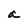
Character: a